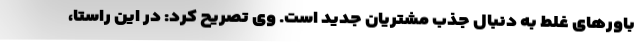
باورهای غلط به دنبال جذب مشتریان جدید است. وی تصریح کرد: در این راستا،